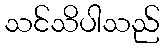
သင်သိပါသည်